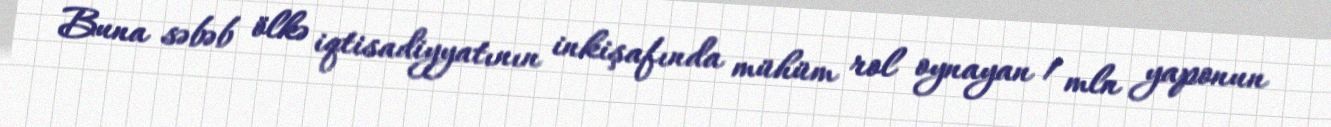
Buna səbəb ölkə iqtisadiyyatının inkişafında mühüm rol oynayan 1 mln yaponun